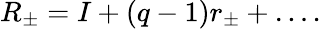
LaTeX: R_{\pm}=I+(q-1)r_{\pm}+\dots.